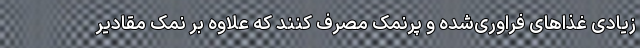
زیادی غذا‌های فراوری‌شده و پرنمک مصرف کنند که علاوه بر نمک مقادیر